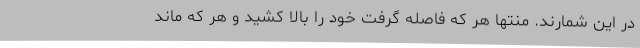
در این شمارند. منتها هر که فاصله گرفت خود را بالا کشید و هر که ماند